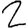
Digit: 2